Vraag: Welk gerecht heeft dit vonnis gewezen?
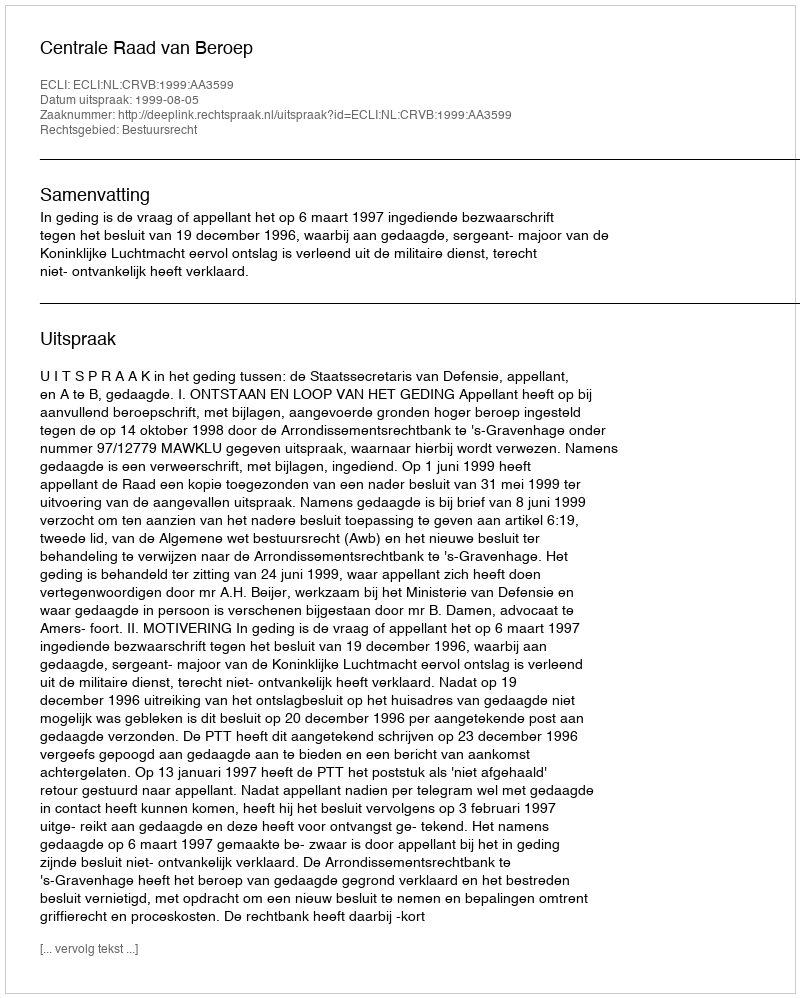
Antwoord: Centrale Raad van Beroep